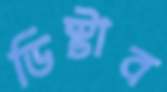
ডিস্টাব